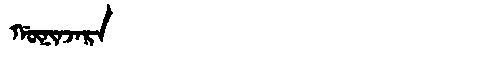
Manchu: ᡤᡡᠨᡳᠨᠵᠠᡵᠠ
Romanization: GŪNINJARA